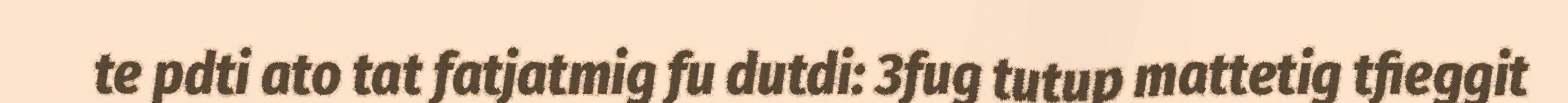
te pdti ato tat fatjatmig fu dutdi: 3fug tutup mattetig tfieggit